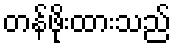
တန်ဖိုးထားသည်